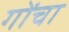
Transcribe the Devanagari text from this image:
गोंचा